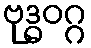
ဗုဒ္ဓဝဂ္ဂ